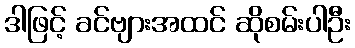
ဒါဖြင့် ခင်ဗျားအထင် ဆိုစမ်းပါဦး